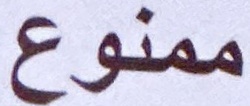
ممنوع